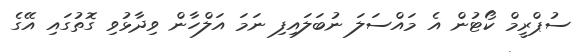
ސުޕްރީމް ކޯޓުން އެ މައްސަލަ ނުބަލައިފި ނަމަ އަލްހާން ވިދާޅުވި ގޮތުގައި އޭގެ